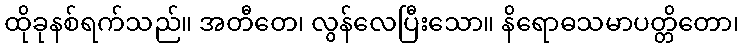
ထိုခုနစ်ရက်သည်။ အတီတေ၊ လွန်လေပြီးသော။ နိရောဓသမာပတ္တိတော၊